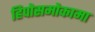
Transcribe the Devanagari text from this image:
हिपोसमोकामा